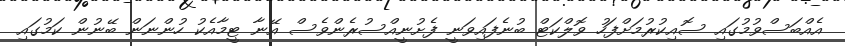
އެއްބަސްވުމުގައި ސޮއިކުރުމަށްފަހު ވޮލްކަޓް ބުނެފައިވަނީ ފެށުނީއްސުރެންވެސް އޭނާ ޓީމާއެކު ހުންނަން ބޭނުން ކަމުގައި